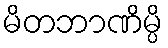
မိတဘာဏိမ္ပိ